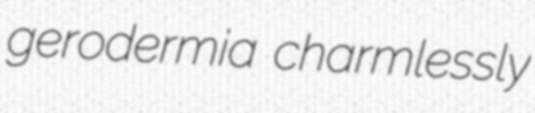
gerodermia charmlessly